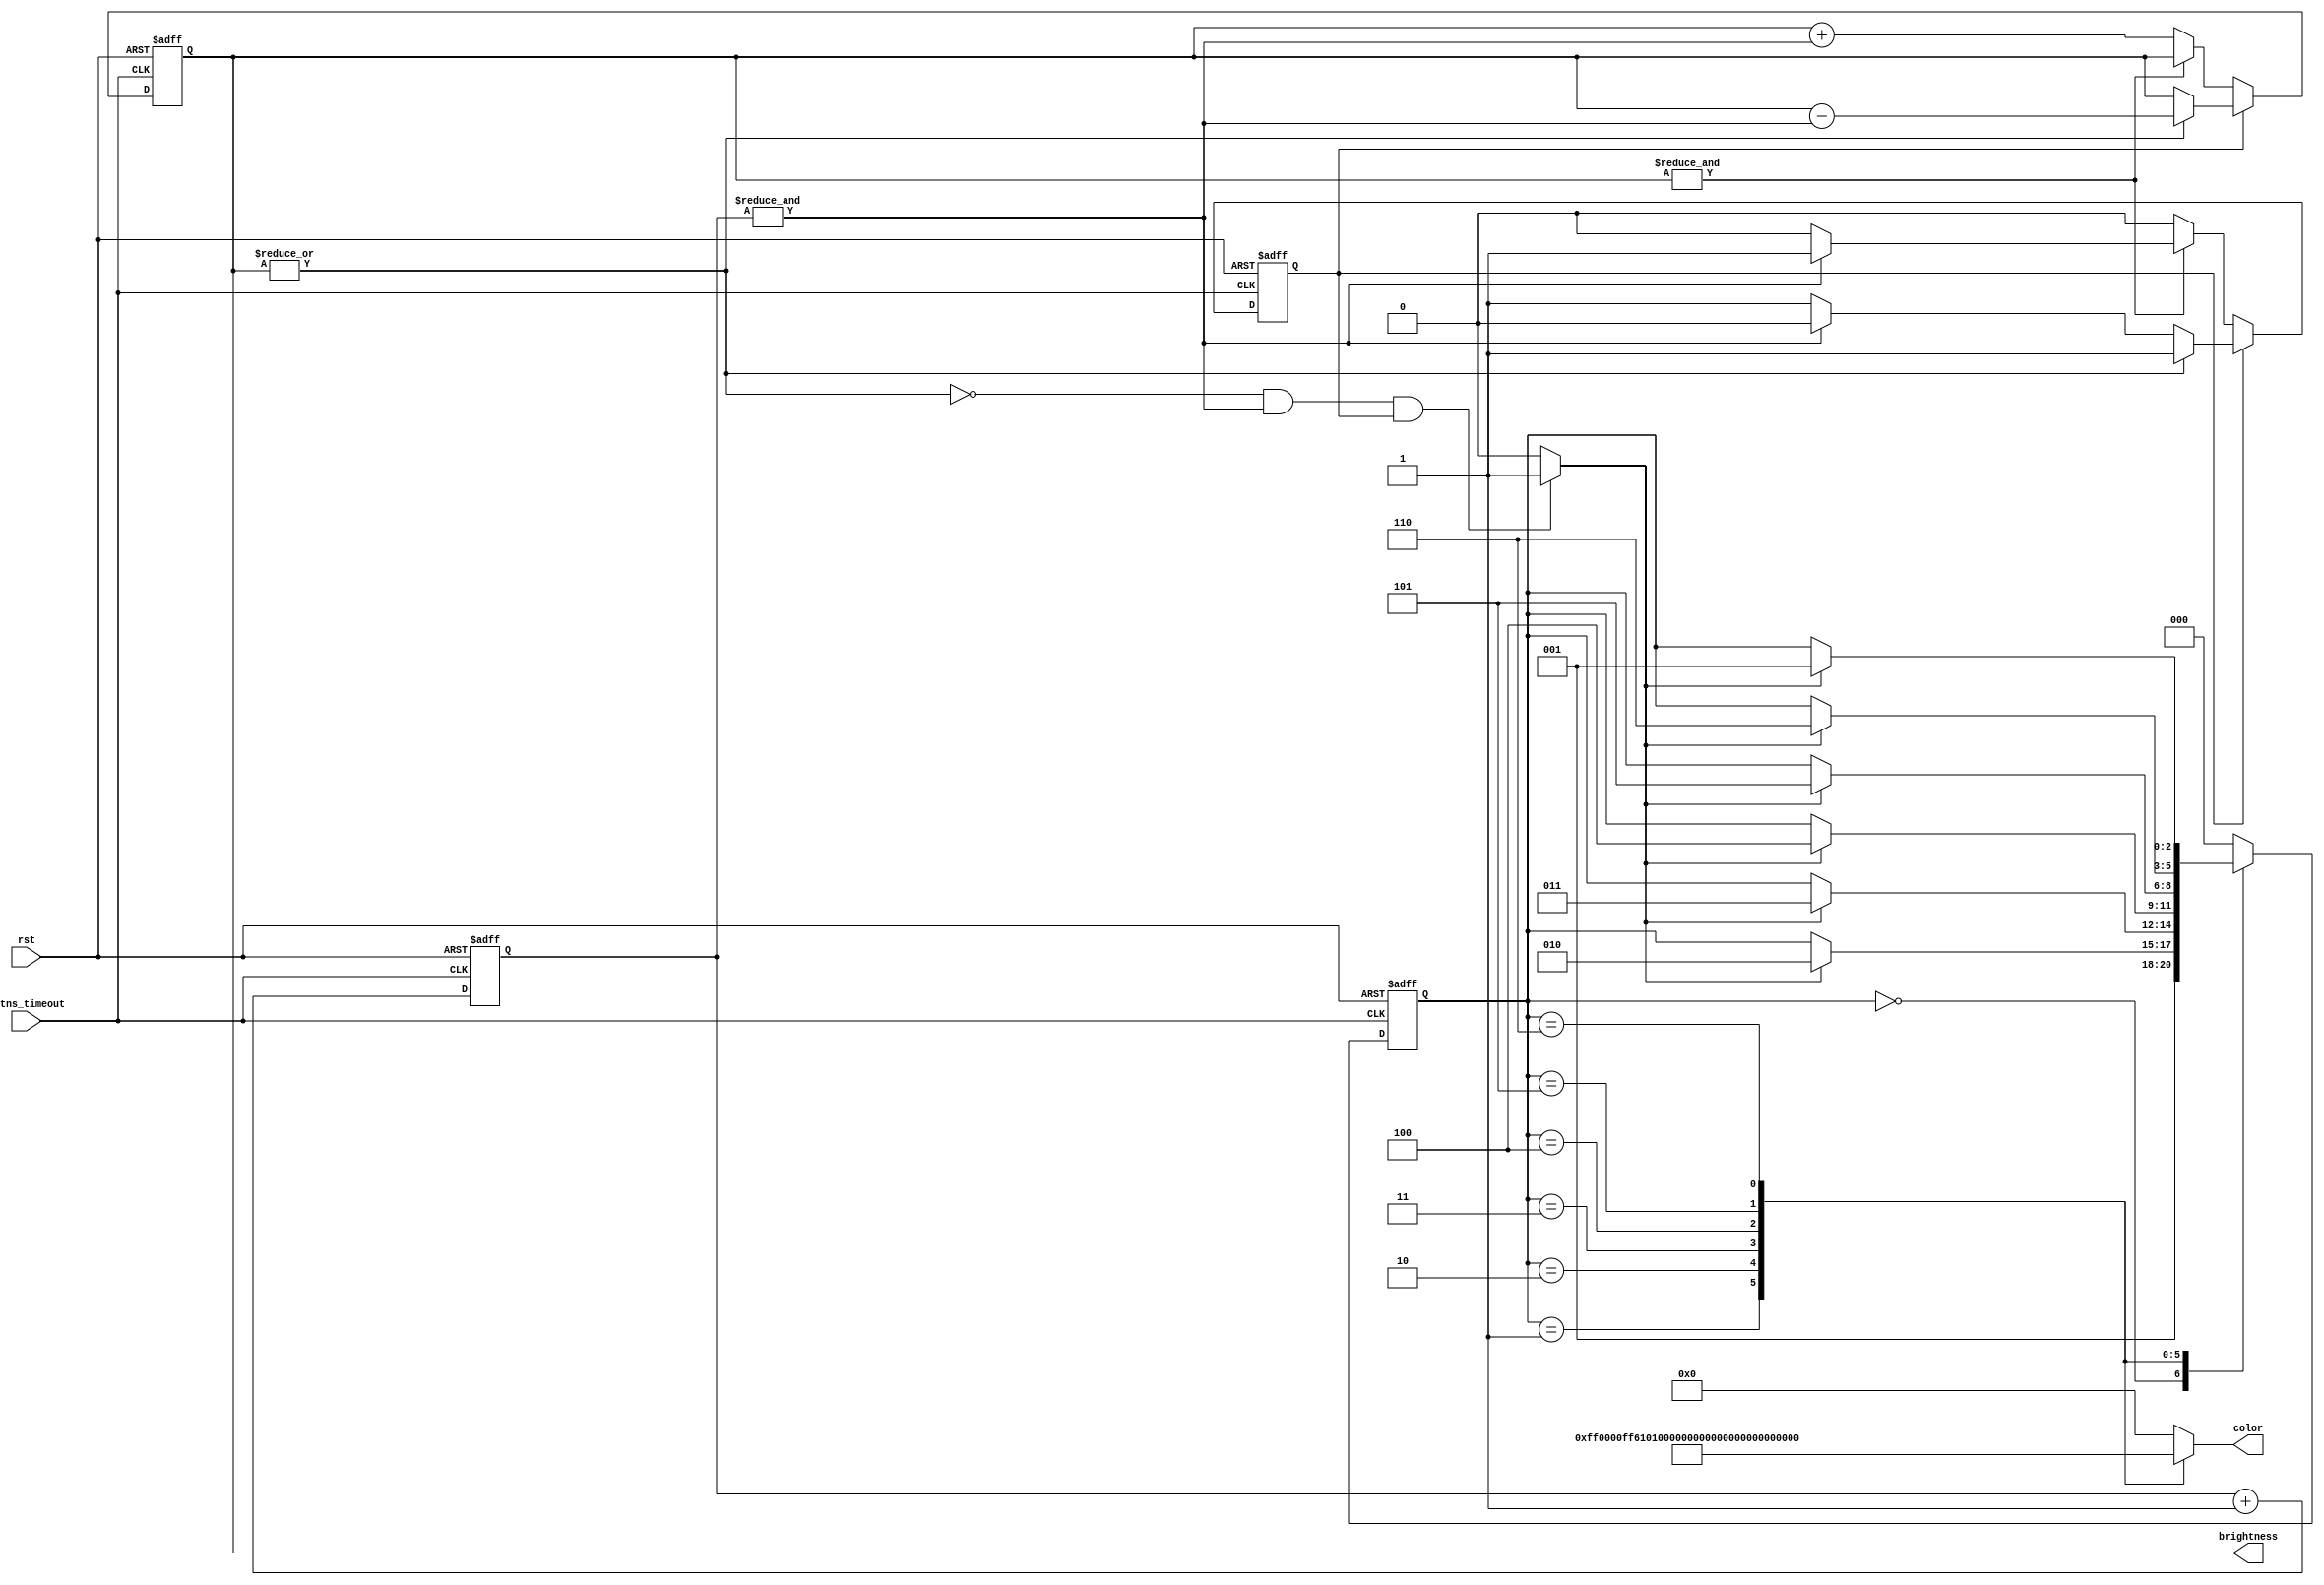
module controller (rst,
                   color, brightness,
                   brtns_timeout
                  );


parameter S_IDLE = 3'd0,
          S_RED = 3'd1,
          S_ORANGE = 3'd2,
          S_YELLOW = 3'd3,
          S_GREEN = 3'd4,
          S_BLUE = 3'd5,
          S_PURPLE = 3'd6;

parameter RED = 24'hFF0000;
parameter ORANGE = 24'hFF6100;
parameter YELLOW = 24'hFFFF00;
parameter GREEN = 24'h00FF00;
parameter BLUE = 24'h0000FF;
parameter PURPLE = 24'h7F1FFF;

input rst;
input brtns_timeout;
output reg [23:0] color;
output  [4:0] brightness;

reg [2:0] state, n_state;
reg [9:0] timeout_cnt;
reg [4:0] brtns_cnt;
reg cnt_mode;
wire timeout_cnt_done;
wire change_state;

assign brightness = brtns_cnt;
assign timeout_cnt_done = &timeout_cnt;
assign change_state = (~|brtns_cnt && timeout_cnt_done && cnt_mode )? 1'b1 : 1'b0;

always@(posedge brtns_timeout or posedge rst)begin
    if(rst)begin
        state <= S_IDLE;
    end
    else begin
        state <= n_state;
    end
end
always@(*)begin
    case(state)
        S_IDLE:n_state = S_RED;
        S_RED:begin
            if(change_state)begin
                n_state = S_ORANGE;
            end
            else begin
                n_state = state;
            end
        end
        S_ORANGE:begin
            if(change_state)begin
                n_state = S_YELLOW;
            end
            else begin
                n_state = state;
            end
        end
        S_YELLOW:begin
            if(change_state)begin
                n_state = S_GREEN;
            end
            else begin
                n_state = state;
            end
        end
        S_GREEN:begin
            if(change_state)begin
                n_state = S_BLUE;
            end
            else begin
                n_state = state;
            end
        end
        S_BLUE:begin
            if(change_state)begin
                n_state = S_PURPLE;
            end
            else begin
                n_state = state;
            end
        end
        S_PURPLE:begin
            if(change_state)begin
                n_state = S_RED;
            end
            else begin
                n_state = state;
            end
        end
        default:n_state = S_IDLE;
    endcase
end

always@(*)begin
    case(state)
        S_IDLE: color = 24'd0;
        S_RED: color = RED;
        S_ORANGE: color = ORANGE;
        S_YELLOW: color = YELLOW;
        S_GREEN: color = GREEN;
        S_BLUE: color = BLUE;
        S_PURPLE: color = PURPLE;
        default: color = 24'd0;
    endcase
end

always@(posedge brtns_timeout or posedge rst)begin
    if(rst)begin
        timeout_cnt <= 10'd0;
    end
    else begin
        timeout_cnt <= timeout_cnt + 10'd1;
    end
end

always@(posedge brtns_timeout or posedge rst)begin
    if(rst)begin
        brtns_cnt <= 5'd0;
        cnt_mode <= 1'b0;
    end
    else if(!cnt_mode)begin
        if(&brtns_cnt)begin
            brtns_cnt <= brtns_cnt;
            cnt_mode <= (timeout_cnt_done)? 1'b1 : 1'b0;
        end
        else begin
            brtns_cnt <= brtns_cnt + {4'd0,timeout_cnt_done};
            cnt_mode <= 1'b0;
        end
    end
    else begin
        if(~|brtns_cnt)begin
            brtns_cnt <= brtns_cnt;
            cnt_mode <= (timeout_cnt_done)?1'b0:1'b1;
        end
        else begin
            brtns_cnt <= brtns_cnt - {4'd0,timeout_cnt_done};
            cnt_mode <= 1'b1;
        end
    end
end

endmodule